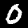
Digit: 0